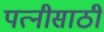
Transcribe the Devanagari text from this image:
पत्नीसाठी